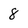
Character: 8